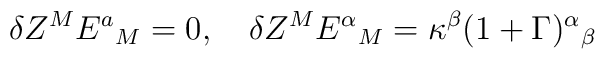
\delta Z^M E^a{}_M = 0, ~~~\delta Z^ME^{\alpha}{}_M =\kappa^{\beta}(1+\Gamma)^{\alpha}{}_{\beta}